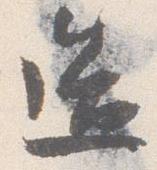
造